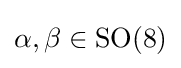
\alpha ,\beta \in \operatorname {SO(8)}